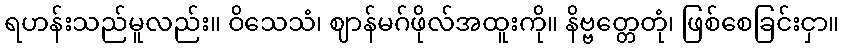
ရဟန်းသည်မူလည်း။ ဝိသေသံ၊ ဈာန်မဂ်ဖိုလ်အထူးကို။ နိဗ္ဗတ္တေတုံ၊ ဖြစ်စေခြင်းငှာ။